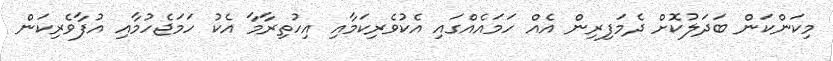
މިކަންކަން ބަދަލުކޮށް ދެމަފިރިން އެއް ހަމައެއްގައި އެކުވެރިކަމާއި އިހުތިރާމާ އެކު ހަމަޖެހުމާއި އުފާވެރިކަން